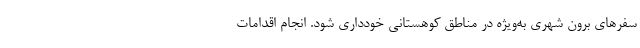
سفرهای برون شهری به‌ویژه در مناطق کوهستانی خودداری شود. انجام اقدامات